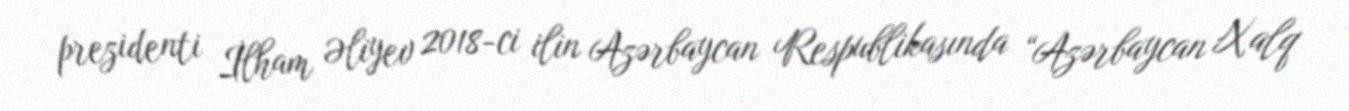
prezidenti İlham Əliyev 2018-ci ilin Azərbaycan Respublikasında “Azərbaycan Xalq